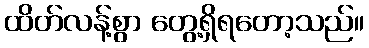
ထိတ်လန့်စွာ တွေ့ရှိရတော့သည်။